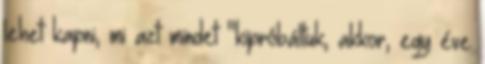
lehet kapni, mi azt mindet "kipróbáltuk, akkor, egy éve